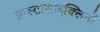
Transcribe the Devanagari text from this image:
प्रास्टासाइक्लिनों